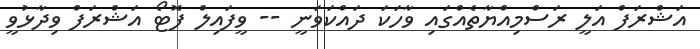
އަޝްރަފް އަލީ ރަސްމިއްޔާތެއްގައި ވާހަކަ ދައްކަވަނީ -- ވީފައިލް ފޮޓޯ އަޝްރަފް ވިދާޅުވީ